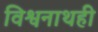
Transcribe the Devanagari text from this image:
विश्वनाथही